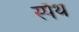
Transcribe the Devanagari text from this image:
स्पँथ